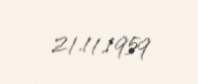
21.11.1959